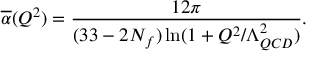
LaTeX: \overline { { { \alpha } } } ( Q ^ { 2 } ) = { \frac { 1 2 \pi } { ( 3 3 - 2 N _ { f } ) \ln ( 1 + Q ^ { 2 } / \Lambda _ { Q C D } ^ { 2 } ) } } .